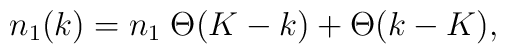
n_1(k) = n_1\; \Theta(K-k) + \Theta(k-K),